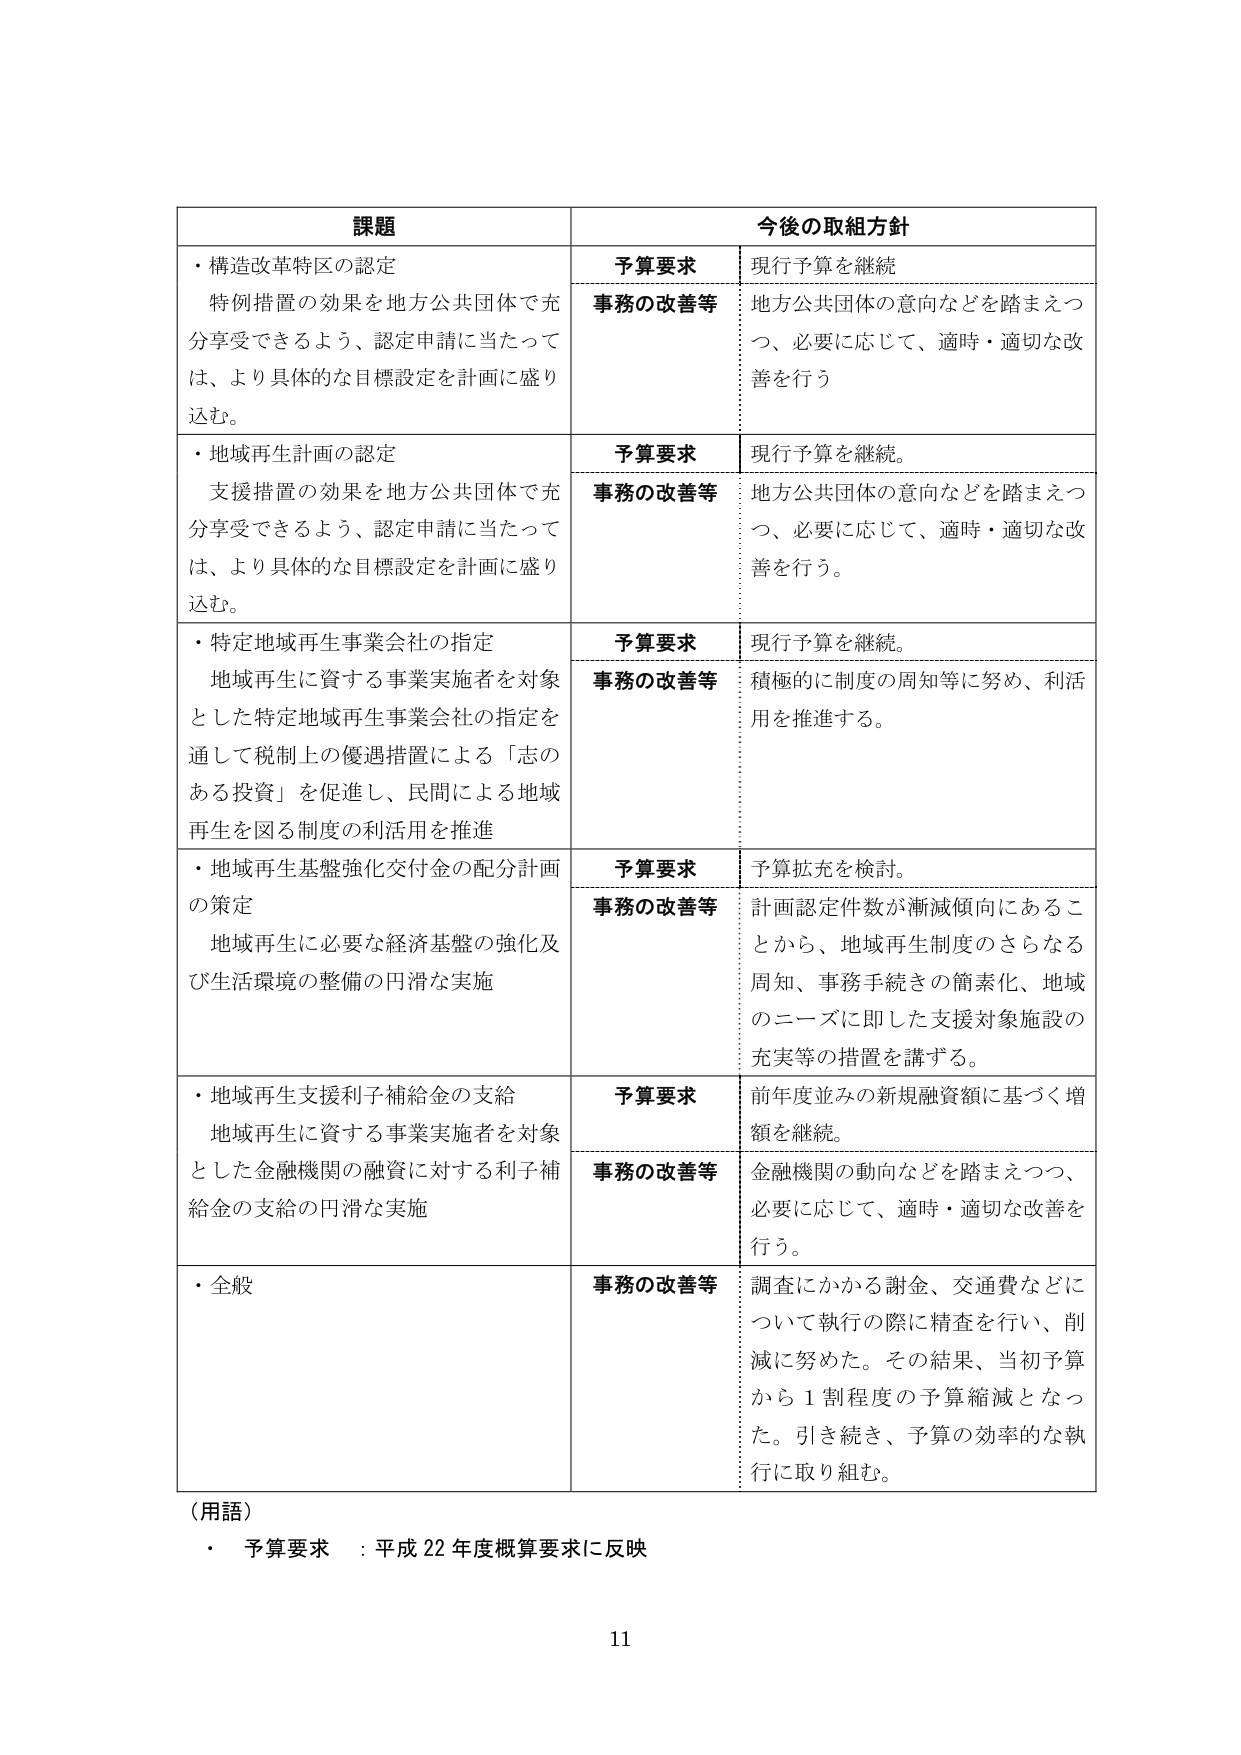
課題 今後の取組方針
・構造改革特区の認定 予算要求 現行予算を継続
特例措置の効果を地方公共団体で充 分享受できるよう、認定申請に当たって は、より具体的な目標設定を計画に盛り 込む。 事務の改善等 地方公共団体の意向などを踏まえつ つ、必要に応じて、適時・適切な改 善を行う
・地域再生計画の認定 予算要求 現行予算を継続。
支援措置の効果を地方公共団体で充 分享受できるよう、認定申請に当たって は、より具体的な目標設定を計画に盛り 込む。 事務の改善等 地方公共団体の意向などを踏まえつ つ、必要に応じて、適時・適切な改 善を行う。
・特定地域再生事業会社の指定 予算要求 現行予算を継続。
地域再生に資する事業実施者を対象 とした特定地域再生事業会社の指定を 通して税制上の優遇措置による「志の ある投資」を促進し、民間による地域 再生を図る制度の利活用を推進 事務の改善等 積極的に制度の周知等に努め、利活 用を推進する。
・地域再生基盤強化交付金の配分計画 予算要求 予算拡充を検討。
の策定 事務の改善等 計画認定件数が漸減傾向にあるこ とから、地域再生制度のさらなる 周知、事務手続きの簡素化、地域 のニーズに即した支援対象施設の 充実等の措置を講ずる。
地域再生に必要な経済基盤の強化及 び生活環境の整備の円滑な実施
・地域再生支援利子補給金の支給 予算要求 前年度並みの新規融資額に基づく増 額を継続。
地域再生に資する事業実施者を対象 とした金融機関の融資に対する利子補 給金の支給の円滑な実施 事務の改善等 金融機関の動向などを踏まえつつ、 必要に応じて、適時・適切な改善を 行う。
・全般 事務の改善等 調査にかかる謝金、交通費などに ついて執行の際に精査を行い、削 減に努めた。その結果、当初予算 から１割程度の予算縮減となっ た。引き続き、予算の効率的な執 行に取り組む。
（用語）
・ 予算要求 ：平成22年度概算要求に反映
11